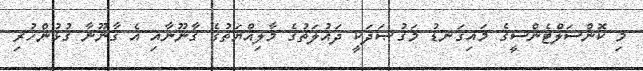
މި ކޮންސަލްޓެންސީގެ މައިގަނޑު މަޤުޞަދަކީ ދައުލަތުގެ މާލިއްޔަތުގެ ޤާނޫނާއި އެ ޤާނޫނާ ގުޅުންހުރި